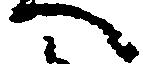
へ